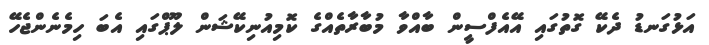
އަޅުގަނޑު ދެކޭ ގޮތުގައި އޭއެފްސީން ބާއްވާ މުބާރާތެއްގެ ކޮމިއުނިކޭޝަން ލޫޕްގައި އެބަ ހިމެނެންޖެހޭ